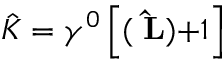
\hat { K } = \gamma ^ { 0 } \left[ ( { \bf \sigma \hat { L } ) + } 1 \right]